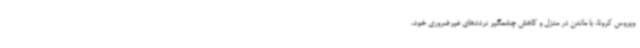
ویروس کرونا، با ماندن در منزل و کاهش چشمگیر ترددهای غیرضروری خود،